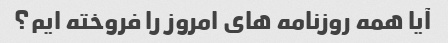
آیا همه روزنامه های امروز را فروخته ایم؟